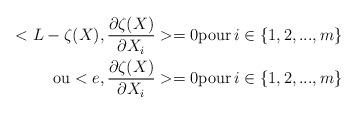
LaTeX: \begin{align*}<L-\zeta(X),\frac{\partial \zeta(X)}{\partial X_i}>=0 \mbox{pour}\,i\in \left\{1,2,...,m\right\} \\\mbox{ou}<e,\frac{\partial \zeta(X)}{\partial X_i}>=0 \mbox{pour}\,i\in \left\{1,2,...,m\right\} \end{align*}